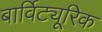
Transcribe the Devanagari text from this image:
बार्विट्यूरिक